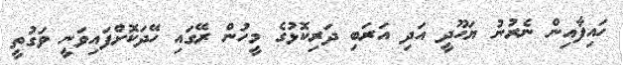
ހައިފާއިން ނެރުނު ޔަހޫދީ އަދި އަރަބި ދަރިކޮޅުގެ މީހުން ރޭގައި ހޭދަކޮށްފައިވަނީ ވަގުތީ